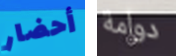
أحضار دوامة